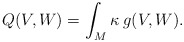
\begin{align*}Q(V, W) = \int_M \kappa \: g(V, W).\end{align*}